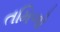
તમિળો